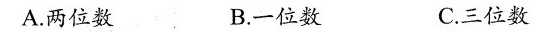
A.两位数 B.一位数 C.三位数